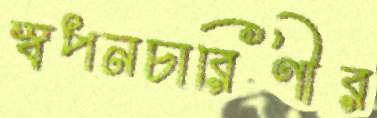
স্বপনচারিণীর